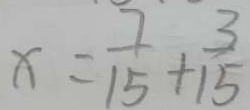
x = \frac { 7 } { 1 5 } + \frac { 3 } { 1 5 }